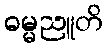
ဓမ္မညူတိ